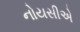
નોયસીએ